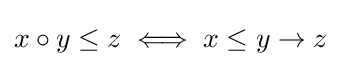
x\circ y\leq z\iff x\leq y\to z